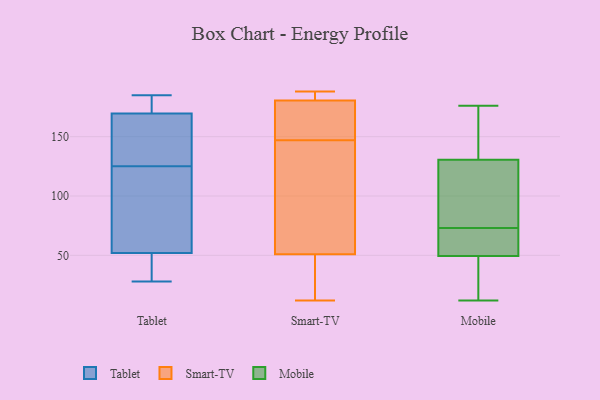
{"axis": {"x": "Demand Index", "y": "Value"}, "legend": ["Mobile", "Smart-TV", "Tablet"], "data": [{"x": "", "y": 165, "type": "Tablet"}, {"x": "", "y": 49, "type": "Tablet"}, {"x": "", "y": 185, "type": "Tablet"}, {"x": "", "y": 168, "type": "Tablet"}, {"x": "", "y": 30, "type": "Tablet"}, {"x": "", "y": 28, "type": "Tablet"}, {"x": "", "y": 170, "type": "Tablet"}, {"x": "", "y": 93, "type": "Tablet"}, {"x": "", "y": 125, "type": "Tablet"}, {"x": "", "y": 174, "type": "Tablet"}, {"x": "", "y": 61, "type": "Tablet"}, {"x": "", "y": 12, "type": "Smart-TV"}, {"x": "", "y": 27, "type": "Smart-TV"}, {"x": "", "y": 27, "type": "Smart-TV"}, {"x": "", "y": 185, "type": "Smart-TV"}, {"x": "", "y": 181, "type": "Smart-TV"}, {"x": "", "y": 179, "type": "Smart-TV"}, {"x": "", "y": 123, "type": "Smart-TV"}, {"x": "", "y": 126, "type": "Smart-TV"}, {"x": "", "y": 147, "type": "Smart-TV"}, {"x": "", "y": 168, "type": "Smart-TV"}, {"x": "", "y": 188, "type": "Smart-TV"}, {"x": "", "y": 28, "type": "Mobile"}, {"x": "", "y": 113, "type": "Mobile"}, {"x": "", "y": 149, "type": "Mobile"}, {"x": "", "y": 116, "type": "Mobile"}, {"x": "", "y": 12, "type": "Mobile"}, {"x": "", "y": 65, "type": "Mobile"}, {"x": "", "y": 49, "type": "Mobile"}, {"x": "", "y": 135, "type": "Mobile"}, {"x": "", "y": 170, "type": "Mobile"}, {"x": "", "y": 47, "type": "Mobile"}, {"x": "", "y": 117, "type": "Mobile"}, {"x": "", "y": 66, "type": "Mobile"}, {"x": "", "y": 176, "type": "Mobile"}, {"x": "", "y": 73, "type": "Mobile"}, {"x": "", "y": 85, "type": "Mobile"}, {"x": "", "y": 20, "type": "Mobile"}, {"x": "", "y": 64, "type": "Mobile"}, {"x": "", "y": 153, "type": "Mobile"}, {"x": "", "y": 51, "type": "Mobile"}]}